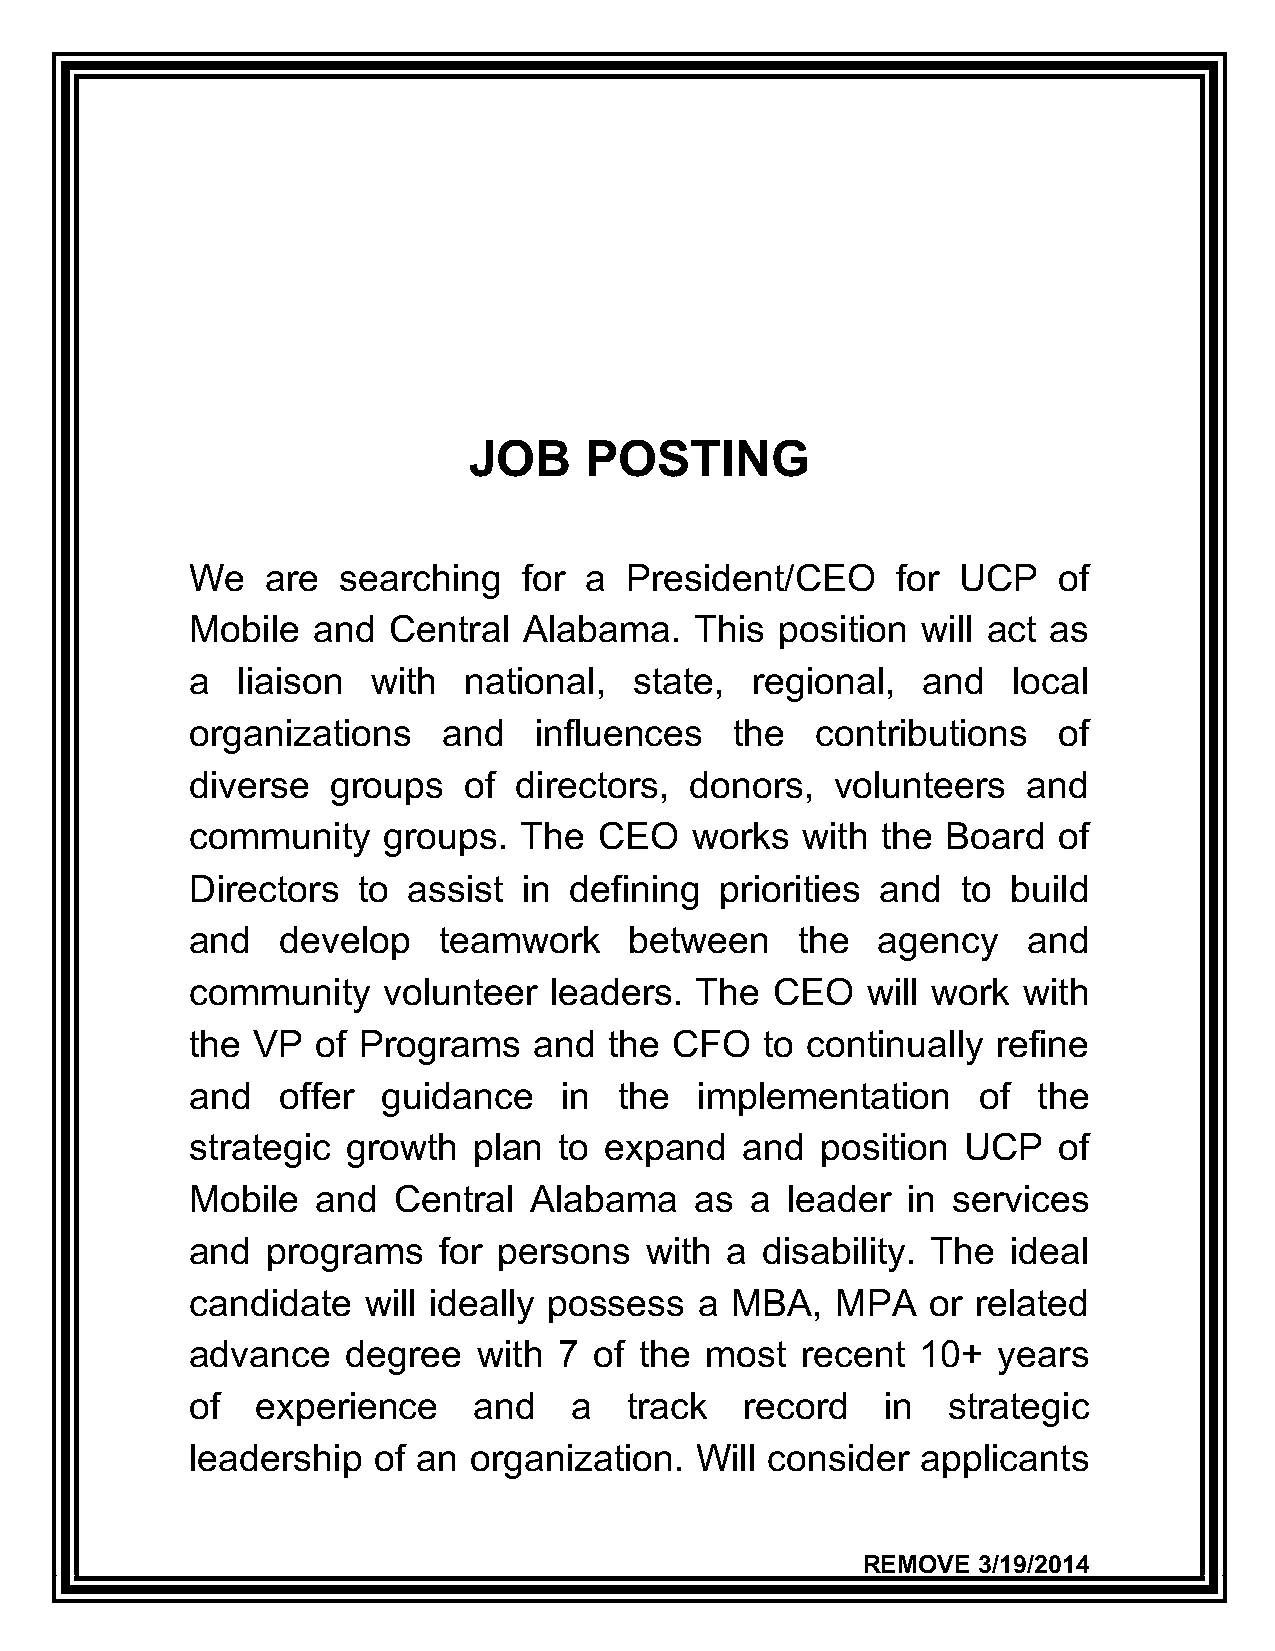
JOB     POSTING
 We   are searching    for a President/CEO     for  UCP   of
 Mobile  and  Central  Alabama.   This  position will act as
 a  liaison  with  national,  state,  regional,  and   local
 organizations   and   influences    the  contributions   of
 diverse  groups   of directors,  donors,  volunteers   and
 community   groups.  The   CEO   works  with the  Board  of
 Directors  to assist  in defining  priorities and  to build
 and   develop   teamwork     between    the  agency    and
 community   volunteer  leaders.  The  CEO   will work  with
 the VP  of Programs   and  the CFO    to continually refine
 and  offer  guidance    in  the  implementation     of  the
 strategic growth  plan  to expand   and  position  UCP   of
 Mobile  and  Central  Alabama    as  a leader  in services
 and  programs   for persons   with a disability. The  ideal
 candidate  will ideally possess  a MBA,   MPA    or related
 advance   degree   with 7 of the  most  recent  10+  years
 of  experience    and    a  track   record    in  strategic
 leadership  of an organization.  Will consider  applicants
 REMOVE  3/19/2014